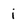
Character: i